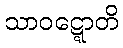
သာဝဋ္ဋောတိ